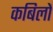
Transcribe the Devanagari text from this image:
कबिलों